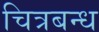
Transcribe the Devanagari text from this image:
चित्रबन्ध